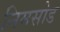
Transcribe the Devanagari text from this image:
निमसोड